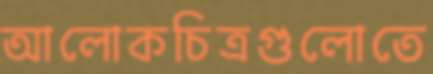
আলোকচিত্রগুলোতে